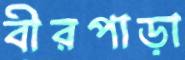
বীরপাড়া